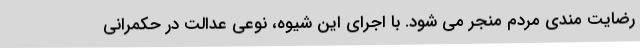
رضایت مندی مردم منجر می شود. با اجرای این شیوه، نوعی عدالت در حکمرانی